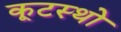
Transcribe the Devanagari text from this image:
कूटस्थो